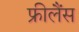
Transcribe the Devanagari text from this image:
फ्रीलैंस